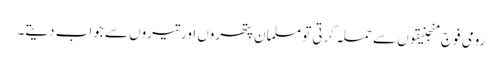
رومی فوج منجنیقوں سے حملہ کرتی تو مسلمان پتھروں اور تیروں سے جواب دیتے۔